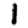
Digit: 1